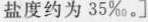
盐度约为35‰。]